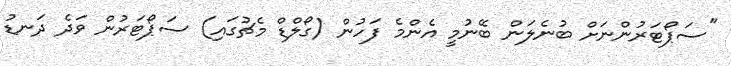
"ސަޕޯޓަރުންނަށް ބުނެލަން ބޭނުމީ އެންމެ ފަހުން (ގޯލްޑް މެޗުގައި) ސަޕޯޓަރުން ވަދެ ދަނޑު